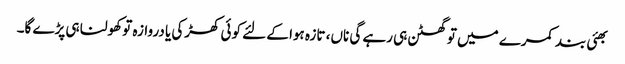
بھئی بند کمرے میں تو گھٹن ہی رہے گی ناں، تازہ ہوا کے لئے کوئی کھڑکی یا دروازہ تو کھولنا ہی پڑے گا۔